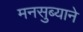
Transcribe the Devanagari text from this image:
मनसुब्याने